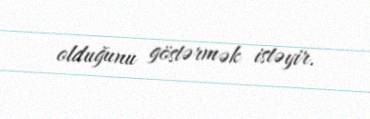
olduğunu göstərmək istəyir.